Leaving Certificate Examination (including Day School Certificate (Higher) General paper), 1928
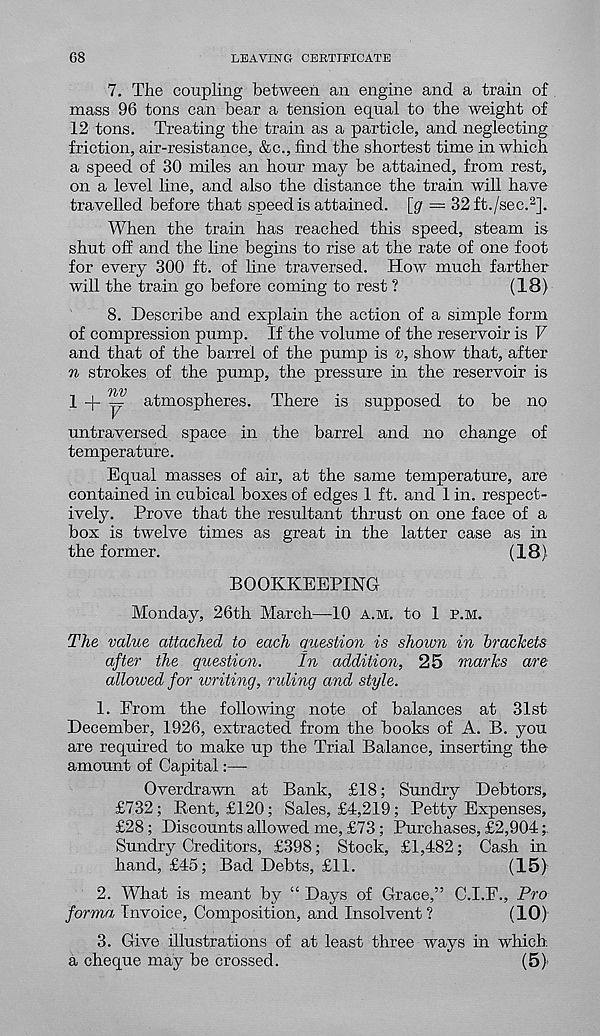
68
LEAVING CERTIFICATE
7. The coupling between an engine and a train of
mass 96 tons can bear a tension equal to the weight of
12 tons. Treating the train as a particle, and neglecting
friction, air-resistance, &c., find the shortest time in which
a speed of 30 miles an hour may be attained, from rest,
on a level line, and also the distance the train will have
travelled before that speed is attained, [g — 32 ft./sec. 2 ].
When the train has reached this speed, steam is
shut off and the line begins to rise at the rate of one foot
for every 300 ft. of line traversed. How much farther
will the train go before coming to rest ?
(18)
8. Describe and explain the action of a simple form
of compression pump. If the volume of the reservoir is V
and that of the barrel of the pump is v, show that, after
n strokes of the pump, the pressure in the reservoir is
1
y atmospheres. There is supposed to be no
untraversed space in the barrel and no change of
temperature.
Equal masses of air, at the same temperature, are
contained in cubical boxes of edges 1 ft. and 1 in. respect-
ively. Prove that the resultant thrust on one face of a
box is twelve times as great in the latter case as in
the former.
(18)
BOOKKEEPING
Monday, 26th March—10 a.m. to 1 p.m.
The value attached to each Question is shoivn in brackets
after the question.
In addition, 25 marks are
allowed for writing, ruling and style.
1. From the following note of balances at 31st
December, 1926, extracted from the books of A. B. you
are required to make up the Trial Balance, inserting the
amount of Capital:—
Overdrawn at Bank, £18; Sundry Debtors,
£732; Rent, £120; Sales, £4,219; Petty Expenses,
£28; Discounts allowed me, £73; Purchases, £2,904
Sundry Creditors, £398; Stock, £1,482; Cash in
hand, £45; Bad Debts, £11.
(15)
2. What is meant by “ Days of Grace,” C.I.F., Pro
forma Invoice, Composition, and Insolvent?
(10)
3. Give illustrations of at least three ways in which,
a cheque may be crossed.
(5)’